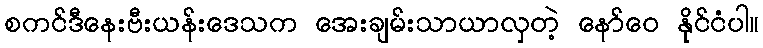
စကင်ဒီနေးဗီးယန်းဒေသက အေးချမ်းသာယာလှတဲ့ နော်ဝေ နိုင်ငံပါ။